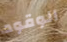
الوقود